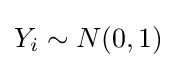
Y_{i}\sim N(0,1)